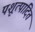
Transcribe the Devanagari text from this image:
पशूत्पादित